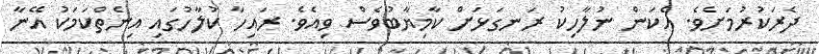
ދެރަކުރުމަށެވެ. އެކަން ނުލާހިކު ރަނގަޅަށް ކާމިޔާބުވެސް ވިއެވެ. ރައިހާ ކުލާހުގައި އިނެތްކަމަކު އޭނާ